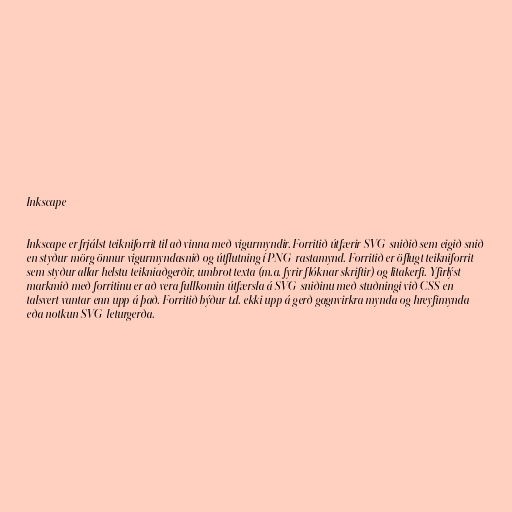
Inkscape

Inkscape er frjálst teikniforrit til að vinna með vigurmyndir. Forritið útfærir SVG-sniðið sem eigið snið
en styður mörg önnur vigurmyndasnið og útflutning í PNG-rastamynd. Forritið er öflugt teikniforrit
sem styður allar helstu teikniaðgerðir, umbrot texta (m.a. fyrir flóknar skriftir) og litakerfi. Yfirlýst
markmið með forritinu er að vera fullkomin útfærsla á SVG-sniðinu með stuðningi við CSS en
talsvert vantar enn upp á það. Forritið býður t.d. ekki upp á gerð gagnvirkra mynda og hreyfimynda
eða notkun SVG-leturgerða.